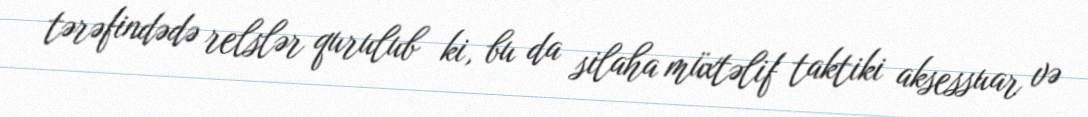
tərəfindədə relslər qurulub ki, bu da silaha müxtəlif taktiki aksessuar və